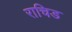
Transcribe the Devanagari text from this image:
राचिड